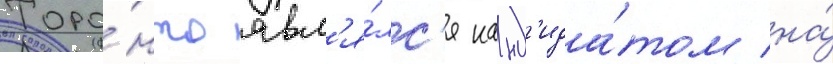
Торо́нто явл'я́лс'я канд'ида́том на́